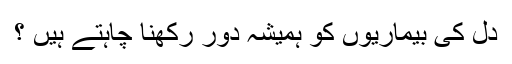
دل کی بیماریوں کو ہمیشہ دور رکھنا چاہتے ہیں ؟